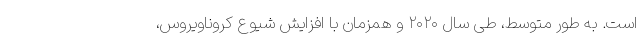
است. به طور متوسط، طی سال ۲۰۲۰ و همزمان با افزایش شیوع کروناویروس،